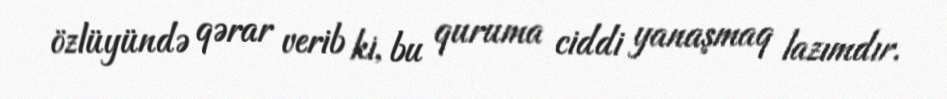
özlüyündə qərar verib ki, bu quruma ciddi yanaşmaq lazımdır.